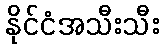
နိုင်ငံအသီးသီး